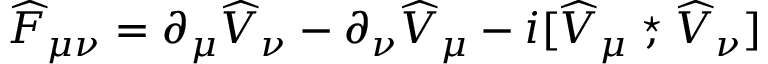
{ \widehat F } _ { \mu \nu } = \partial _ { \mu } { \widehat V } _ { \nu } - \partial _ { \nu } { \widehat V } _ { \mu } - i [ { \widehat V } _ { \mu } \stackrel { \star } { , } { \widehat V } _ { \nu } ]